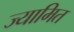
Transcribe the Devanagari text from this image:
ज्यामित